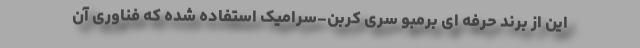
این از برند حرفه ای برمبو سری کربن-سرامیک استفاده شده که فناوری آن